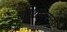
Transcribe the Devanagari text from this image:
बनशनकरी